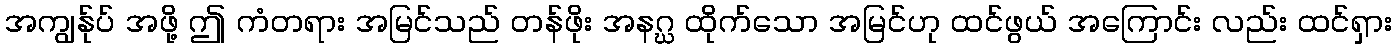
အကျွန်ုပ် အဖို့ ဤ ကံတရား အမြင်သည် တန်ဖိုး အနဂ္ဃ ထိုက်သော အမြင်ဟု ထင်ဖွယ် အကြောင်း လည်း ထင်ရှား